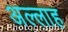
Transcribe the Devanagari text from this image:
अल्‍लाह